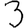
Digit: 3